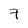
Character: 7